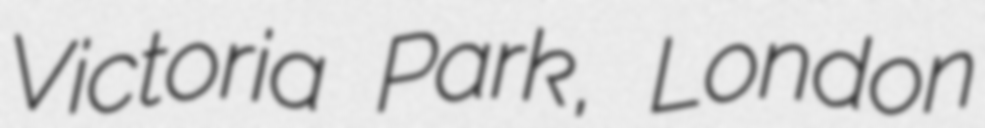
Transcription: Victoria Park, London